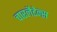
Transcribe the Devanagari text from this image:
चारलैटेन्स